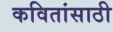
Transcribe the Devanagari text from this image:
कवितांसाठी